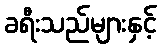
ခရီးသည်များနှင့်